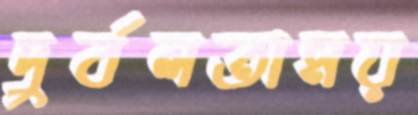
দুর্বলতাময়